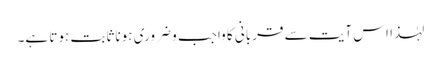
لہٰذا اس آیت سے قربانی کا واجب و ضروری ہونا ثابت ہوتا ہے۔